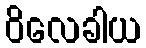
ဝိလေခါယ